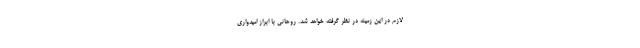
لازم در این زمینه در نظر گرفته خواهد شد. روحانی با ابراز امیدواری